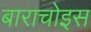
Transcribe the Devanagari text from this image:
बाराचोइस